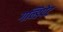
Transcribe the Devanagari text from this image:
गन्डिपेट